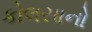
કોલસાનો